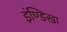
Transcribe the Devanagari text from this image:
इंण्डिखा